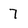
Character: 7